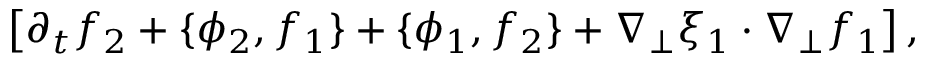
\left[ \partial _ { t } f _ { 2 } + \{ \phi _ { 2 } , f _ { 1 } \} + \{ \phi _ { 1 } , f _ { 2 } \} + \nabla _ { \perp } \xi _ { 1 } \cdot \nabla _ { \perp } f _ { 1 } \right] ,